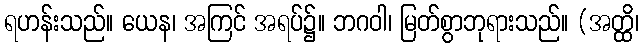
ရဟန်းသည်။ ယေန၊ အကြင် အရပ်၌။ ဘဂဝါ၊ မြတ်စွာဘုရားသည်။ (အတ္ထိ၊